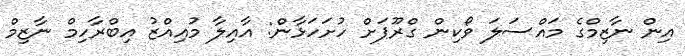
އިން ނާޒިމްގެ މައްސަލަ ވޯކިން ގްރޫޕަށް ހުށަހަޅާން: އާއިލާ މުއިއްޒު އިބްރާހިމް ނާޒިމް